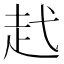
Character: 䞖